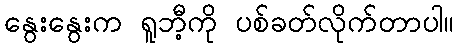
နွေးနွေးက ရူဘီ့ကို ပစ်ခတ်လိုက်တာပါ။